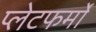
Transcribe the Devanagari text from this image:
प्‍लेटफर्मों